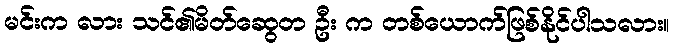
မင်းက လား သင်၏မိတ်ဆွေတ ဦး က တစ်ယောက်ဖြစ်နိုင်ပါသလား။